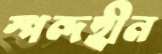
স্পন্দহীন